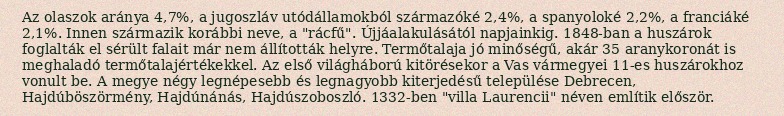
Az olaszok aránya 4,7%, a jugoszláv utódállamokból származóké 2,4%, a spanyoloké 2,2%, a franciáké 2,1%. Innen származik korábbi neve, a "rácfű". Újjáalakulásától napjainkig. 1848-ban a huszárok foglalták el sérült falait már nem állították helyre. Termőtalaja jó minőségű, akár 35 aranykoronát is meghaladó termőtalajértékekkel. Az első világháború kitörésekor a Vas vármegyei 11-es huszárokhoz vonult be. A megye négy legnépesebb és legnagyobb kiterjedésű települése Debrecen, Hajdúböszörmény, Hajdúnánás, Hajdúszoboszló. 1332-ben "villa Laurencii" néven említik először.